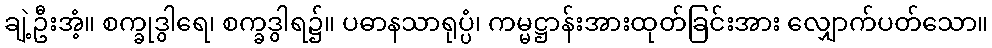
ချဲ့ဦးအံ့။ စက္ခုဒွါရေ၊ စက္ခဒွါရ၌။ ပဓာနသာရုပ္ပံ၊ ကမ္မဋ္ဌာန်းအားထုတ်ခြင်းအား လျှောက်ပတ်သော။